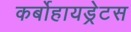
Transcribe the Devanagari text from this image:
कर्बोहायड्रेटस